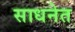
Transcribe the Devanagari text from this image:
साधनेत